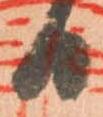
日